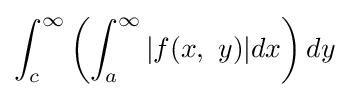
\int _{c}^{\infty }\left(\int _{a}^{\infty }|f(x,\ y)|dx\right)dy